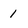
Character: 1